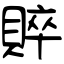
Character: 賥